Madras plague regulations and rules - Volume 1
Disease focus: Plague
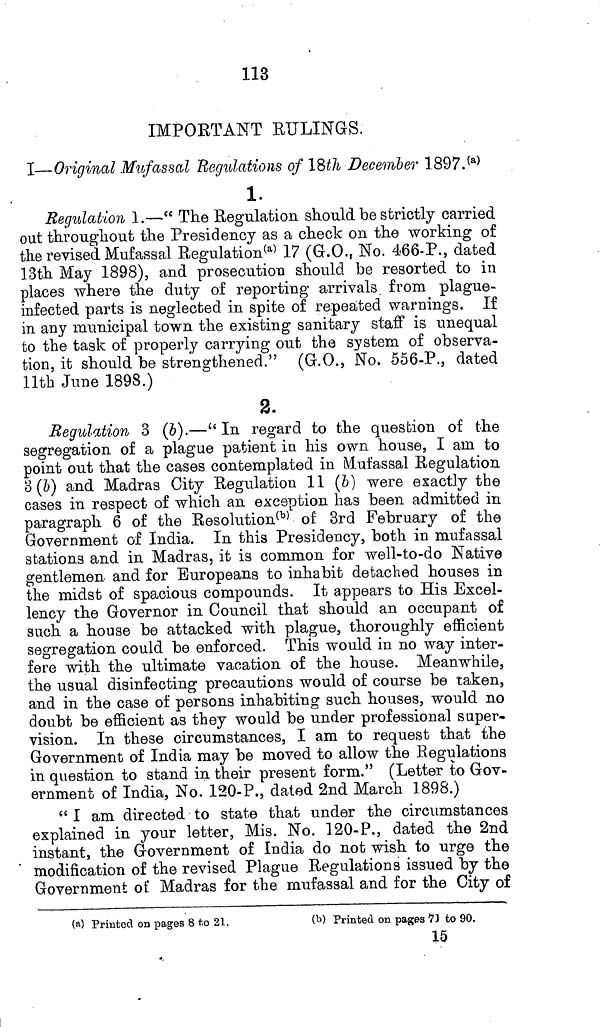
113
IMPOST ANT RULINGS.
I—Original Mufassal Regulations of 18th December 1897. (a)
1.
Regulation 1.—" The Regulation should be strictly carried
out throughout the Presidency as a check on the working of
the revised Mufassal Regulation (a) 17 (G.O., No. 466-P., dated
13th May 1898), and prosecution should be resorted to in
places where the duty of reporting arrivals from plague-
infected parts is neglected in spite of repeated warnings. If
in any municipal town the existing sanitary staff is unequal
to the task of properly carrying out the system of observa-
tion, it should be strengthened." (G.O., No. 556-P., dated
11th June 1898.)
2.
Regulation 3 (b).—" In regard to the question of the
segregation of a plague patient in his own house, I am to
point out that the cases contemplated in Mufassal Regulation
3 (b) and Madras City Regulation 11 (b) were exactly the
cases in respect of which an exception has been admitted in
paragraph 6 of the Resolution (b) of 3rd February of the
Government of India. In this Presidency, both in mufassal
stations and in Madras, it is common for well-to-do Native
gentlemen and for Europeans to inhabit detached houses in
the midst of spacious compounds. It appears to His Excel-
lency the Governor in Council that should an occupant of
such a house be attacked with plague, thoroughly efficient
segregation could be enforced. This would in no way inter-
fere with the ultimate vacation of the house. Meanwhile,
the usual disinfecting precautions would of course be taken,
and in the case of persons inhabiting such houses, would no
doubt be efficient as they would be under professional super-
vision. In these circumstances, I am to request that the
Government of India may be moved to allow the Regulations
in question to stand in their present form." (Letter to Gov-
ernment of India, No. 120-P., dated 2nd March 1898.)
" I am directed to state that under the circumstances
explained in your letter, Mis. No. 120-P., dated the 2nd
instant, the Government of India do not wish to urge the
modification of the revised Plague Regulations issued by the
Government of Madras for the mufassal and for the City of
(a) Printed on pages 8 to 21.
(b) Printed on pages 71 to 90.
15